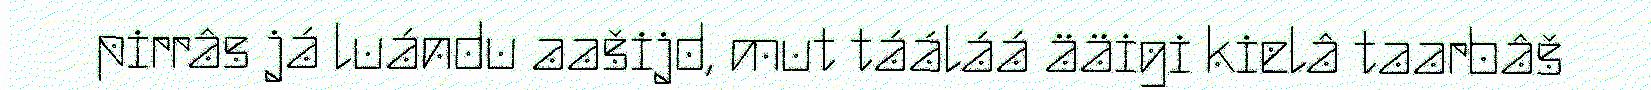
pirrâs já luándu aašijd, mut tááláá ääigi kielâ taarbâš